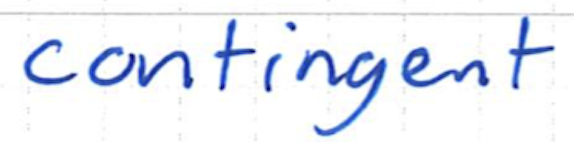
Text: contingent
Cross-out: clean
Writing tool: ballpoint